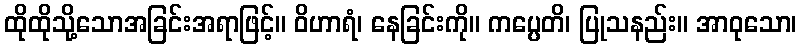
ထိုထိုသို့သောအခြင်းအရာဖြင့်။ ဝိဟာရံ၊ နေခြင်းကို။ ကပ္ပေတိ၊ ပြုသနည်း။ အာဝုသော၊